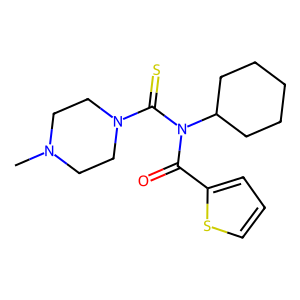
SMILES: CN1CCN(C(=S)N(C(=O)c2cccs2)C2CCCCC2)CC1
Inhibits HIV replication: No